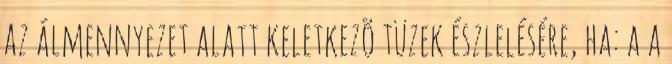
az álmennyezet alatt keletkezõ tüzek észlelésére, ha: a a